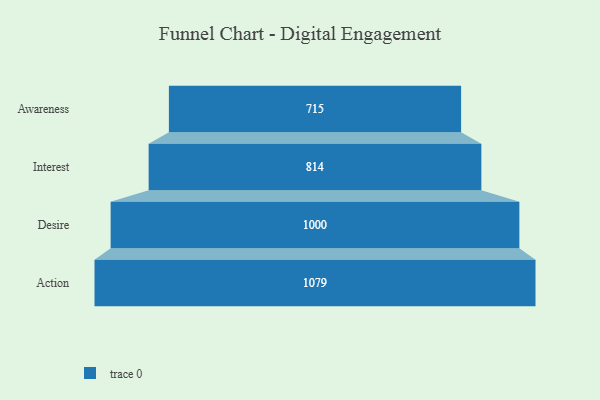
{"axis": {"x": "Stage", "y": "Value"}, "legend": [""], "data": [{"x": "Awareness", "y": 715.0, "type": ""}, {"x": "Interest", "y": 814.0, "type": ""}, {"x": "Desire", "y": 1000.0, "type": ""}, {"x": "Action", "y": 1079.0, "type": ""}]}